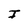
Character: I